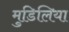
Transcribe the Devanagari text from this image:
मुडिलिया